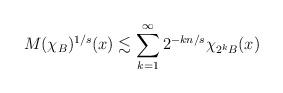
LaTeX: \begin{align*}M(\chi _{B})^{1/s}(x)\lesssim \sum_{k=1}^\infty 2^{-kn/s} \chi _{2^kB}(x)\end{align*}